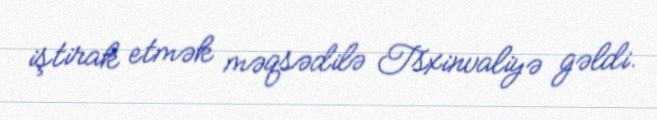
iştirak etmək məqsədilə Tsxinvaliyə gəldi.